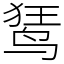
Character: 𫛭